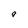
Character: a